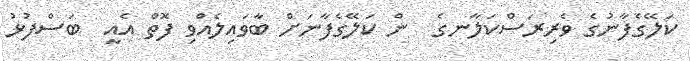
ކަލޭގެފާނުގެ ވެރިރަސްކަލާނގެ  ން ކަލޭގެފާނަށް ބާވައިލެއްވި ފޮތް އެއީ  ބަސްފުޅު